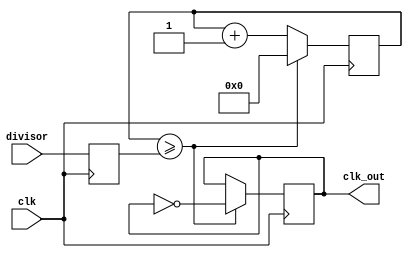
module floating_point_clock_divider(
    input wire clk,
    input wire [31:0] divisor,
    output reg clk_out
);

reg [31:0] count;
reg [31:0] division_factor;

always @(posedge clk) begin
    division_factor <= divisor;
    count <= count + 1;
    if (count >= division_factor) begin
        count <= 0;
        clk_out <= ~clk_out;
    end
end

endmodule